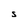
Character: S